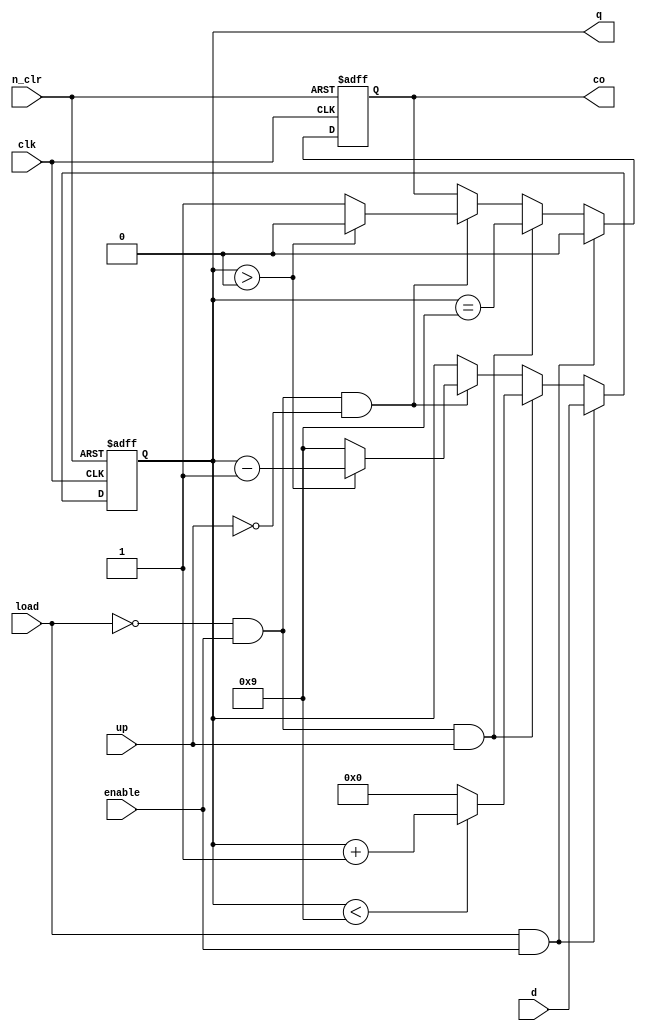
module bcd_1_digit(
    d,
    enable, load, up, clk, n_clr,
    q,
    co
    );
    input [3:0] d;
    input enable, load, up, clk, n_clr;
    output reg [3:0] q;
    output reg co;
    
    always @(posedge clk, negedge n_clr) begin
        if (!n_clr) begin
            q <= 0;
            co <= 0;
        end
        else if (load & enable) begin
            q <= d;
            co <= 0;
        end
        else if (!load & enable & up) begin
            q <= (q < 9) ? q + 1: 0; // hopefully '<' is an unsigned comparison (fingers crossed)
            co <= q == 9;
        end
        else if (!load & enable & !up) begin
            q <= (q > 0) ? q - 1: 9;
            co <= (q > 0) ? 0: 1; // if it underflowed to 9 should cout go? Not clear.
        end
        else begin
            // directions don't specify what to do here
            // I guess enable is off so don't do anything?
            q <= q;
            co <= co;
        end
    end
endmodule
module bcd_2_digit(
    d1, d2,
    enable, load, up, clk, n_clr,
    q1, q2,
    co
    );
    input [3:0] d1, d2;
    input enable, load, up, clk, n_clr;
    output [3:0] q1, q2;
    output co;
    assign co = cout_tens;
    wire cout_ones;
    wire cout_tens;
    bcd_1_digit ones(.d(d1), .enable(en1), .load(load), .up(up), .clk(clk), .n_clr(n_clr), .q(q1), .co(cout_ones));
    bcd_1_digit tens(.d(d2), .enable(en2), .load(load), .up(up2), .clk(clk), .n_clr(n_clr), .q(q2), .co(cout_tens));
    
    wire overflow = cout_ones & (q1 == 0);
    wire underflow = cout_ones & (q1 == 9);
    wire up2 = overflow;
    wire en2 = enable & (load | overflow | underflow);
    wire en1 = enable & !(!up && q1 == 0 && q2 == 0) & !(up && q1 == 9 && q2 == 9);
    
    
endmodule